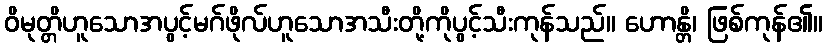
ဝိမုတ္တိဟူသောအပွင့်မဂ်ဖိုလ်ဟူသောအသီးတို့ကိုပွင့်သီးကုန်သည်။ ဟောန္တိ၊ ဖြစ်ကုန်၏။